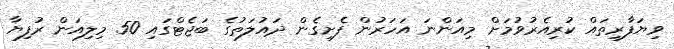
ވިޔަފާރިތައް ކުރިއެރުވުމަށް މިއަންނަ އަހަރުން ފެށިގެން ދައުލަތުގެ ބަޖެޓްގައި 50 މިލިއަން ރުފިޔާ